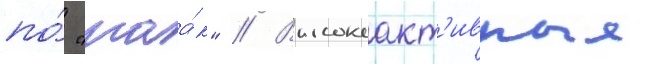
по́ "маа́к" // Высокоакт'ивные